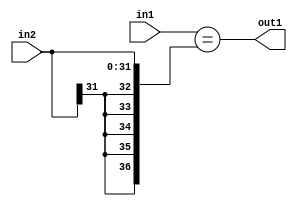
`timescale 1ps / 1ps
/*****************************************************************************
    Verilog RTL Description
    
    
    Created by: Stratus DpOpt 21.05.01 
*******************************************************************************/

module SobelFilter_Equal_32Sx4U_1U_1 (
	in2,
	in1,
	out1
	); /* architecture "behavioural" */ 
input [31:0] in2;
input [3:0] in1;
output  out1;
wire  asc001;

assign asc001 = (in1=={{5{in2[31]}}, in2});

assign out1 = asc001;
endmodule

/* CADENCE  ubH0Two= : u9/ySxbfrwZIxEzHVQQV8Q== ** DO NOT EDIT THIS LINE ******/